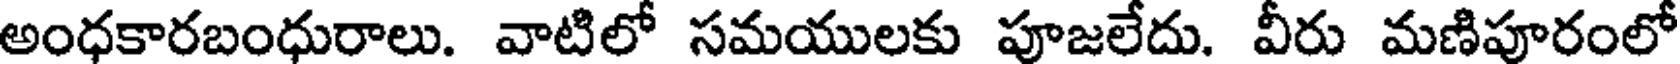
అంధకారబంధురాలు. వాటిలో సమయులకు పూజలేదు. వీరు మణిపూరంలో